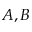
A , B